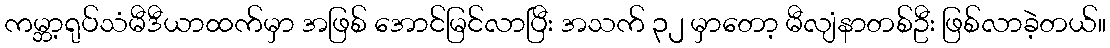
ကမ္ဘာ့ရုပ်သံမီဒီယာထက်မှာ အဖြစ် အောင်မြင်လာပြီး အသက် ၃၂ မှာတော့ မီလျံနာတစ်ဦး ဖြစ်လာခဲ့တယ်။